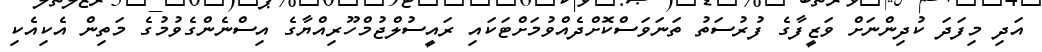
އަދި މިފަދަ ކުދިންނަށް ވަޒީފާގެ ފުރުސަތު ތަނަވަސްކޮށްދެއްވުމަށްޓަކައި ރައީސުލްޖުމްހޫރިއްޔާގެ އިސްނެންގެވުމުގެ މަތިން އެކިއެކި